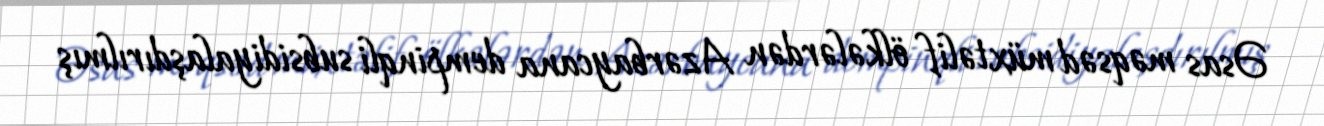
Əsas məqsəd müxtəlif ölkələrdən Azərbaycana dempinqli subsidiyalaşdırılmış